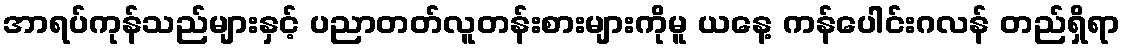
အာရပ်ကုန်သည်များနှင့် ပညာတတ်လူတန်းစားများကိုမူ ယနေ့ ကန်ပေါင်းဂလန် တည်ရှိရာ